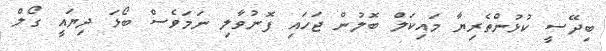
ބިދޭސީ ކުޅުންތެރިޔާ މައިކަލް ބޮލުން ޖަހައި ފޮނުވާލި ނަމަވެސް ބޯޅަ ދިޔައީ ގޯލް